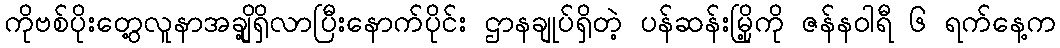
ကိုဗစ်ပိုးတွေ့လူနာအချို့ရှိလာပြီးနောက်ပိုင်း ဌာနချုပ်ရှိတဲ့ ပန်ဆန်းမြို့ကို ဇန်နဝါရီ ၆ ရက်နေ့က